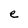
Character: e